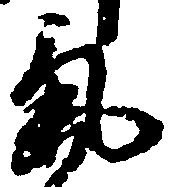
気